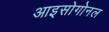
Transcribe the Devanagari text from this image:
आइसोगोनल